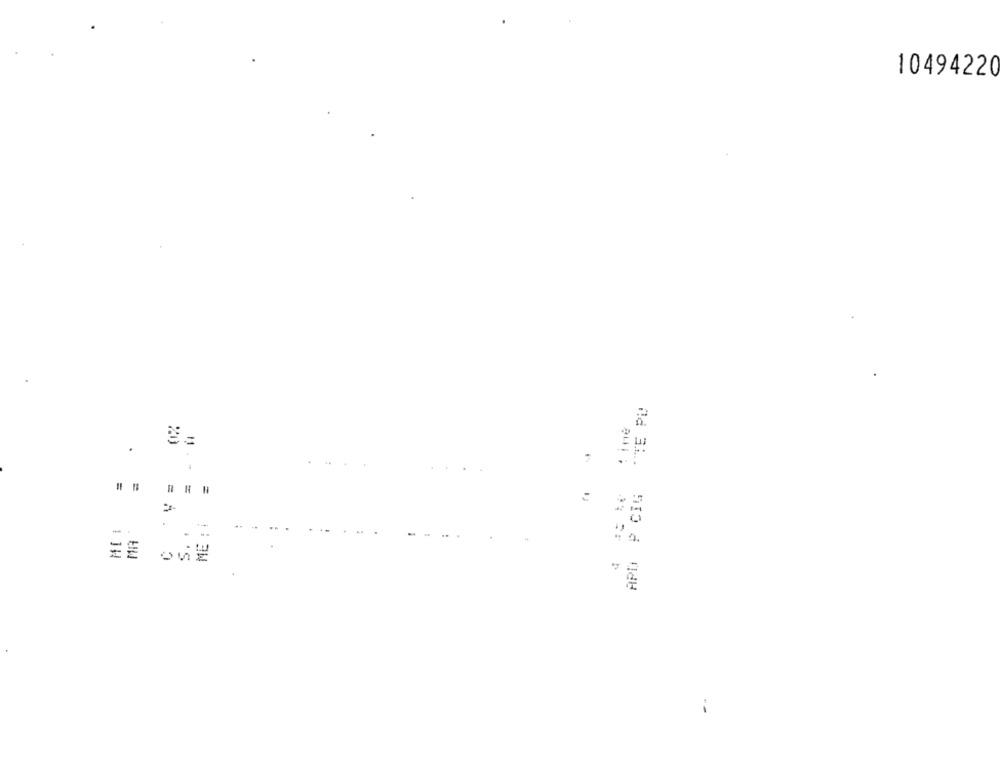
10494220
"TE PU
20
.
APD P CIG
=
=
ME : 1
. 0
.'S